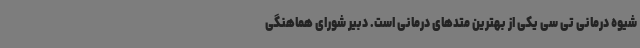
شیوه درمانی تی سی یکی از بهترین متدهای درمانی است. دبیر شورای هماهنگی